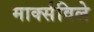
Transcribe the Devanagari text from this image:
मार्क्सविले